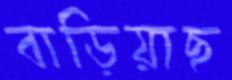
বাড়িয়াছ